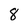
Character: 8